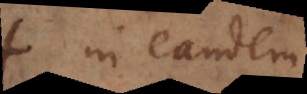
in eadem